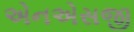
એનએસજી